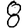
Digit: 8